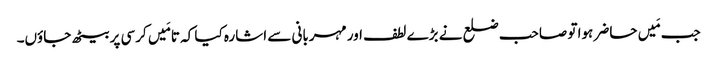
جب مَیں حاضر ہوا تو صاحب ضلع نے بڑے لطف اور مہربانی سے اشارہ کیا کہ تا مَیں کرسی پر بیٹھ جاؤں۔